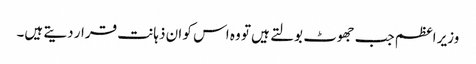
وزیر اعظم جب جھوٹ بولتے ہیں تو وہ اس کو ان ذہانت قرار دیتے ہیں۔